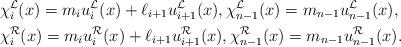
LaTeX: \begin{align*}&\chi_i^{\mathcal{L}}(x)= m_i u_{i}^{\mathcal{L}}(x)+\ell_{i+1}u_{i+1}^{\mathcal{L}}(x), \chi_{n-1}^{\mathcal{L}}(x)= m_{n-1} u_{n-1}^{\mathcal{L}}(x), \\& \chi_i^{\mathcal{R}}(x)= m_i u_{i}^{\mathcal{R}}(x)+\ell_{i+1}u_{i+1}^{\mathcal{R}}(x), \chi_{n-1}^{\mathcal{R}}(x)= m_{n-1} u_{n-1}^{\mathcal{R}}(x). \end{align*}